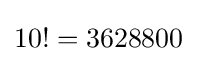
{\textstyle 10!=3628800}